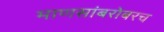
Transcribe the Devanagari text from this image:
माणसांबरोबरच